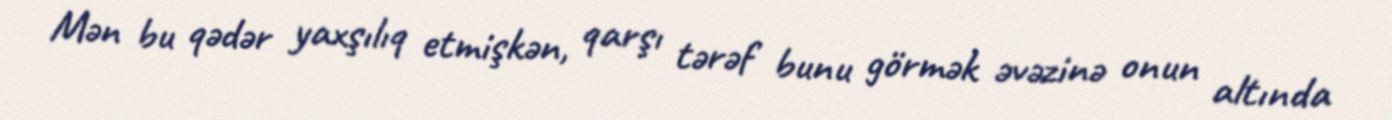
Mən bu qədər yaxşılıq etmişkən, qarşı tərəf bunu görmək əvəzinə onun altında